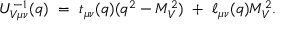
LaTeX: U _ { V \mu \nu } ^ { - 1 } ( q ) \ = \ t _ { \mu \nu } ( q ) ( q ^ { 2 } - M _ { V } ^ { 2 } ) \ + \ \ell _ { \mu \nu } ( q ) M _ { V } ^ { 2 } .